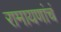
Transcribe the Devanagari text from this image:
रामायणांचं